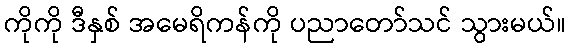
ကိုကို ဒီနှစ် အမေရိကန်ကို ပညာတော်သင် သွားမယ်။